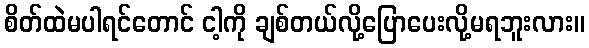
စိတ်ထဲမပါရင်တောင် ငါ့ကို ချစ်တယ်လို့ပြောပေးလို့မရဘူးလား။